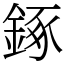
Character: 𨧧